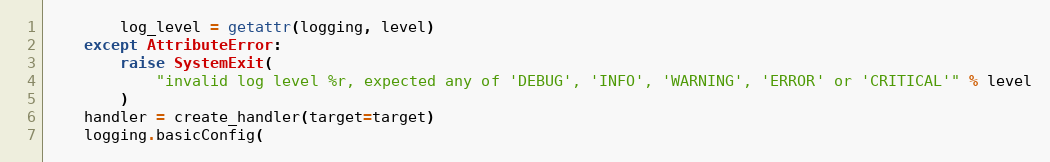
Language: Python
        log_level = getattr(logging, level)
    except AttributeError:
        raise SystemExit(
            "invalid log level %r, expected any of 'DEBUG', 'INFO', 'WARNING', 'ERROR' or 'CRITICAL'" % level
        )
    handler = create_handler(target=target)
    logging.basicConfig(